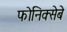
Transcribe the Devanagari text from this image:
फोनिक्सेबे